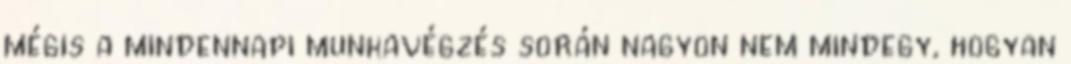
mégis a mindennapi munkavégzés során nagyon nem mindegy, hogyan